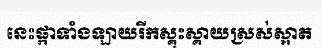
នេះផ្កាទាំងឡាយរីកស្គុះស្គាយស្រស់ស្អាត